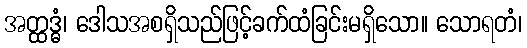
အတ္ထဒ္ဓံ၊ ဒေါသအစရှိသည်ဖြင့်ခက်ထံခြင်းမရှိသော။ သောရတံ၊